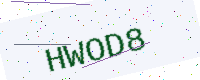
Text: HWOD8